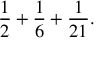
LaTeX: { \frac { 1 } { 2 } } + { \frac { 1 } { 6 } } + { \frac { 1 } { 2 1 } } .